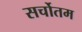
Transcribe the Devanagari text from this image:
सर्चोतम